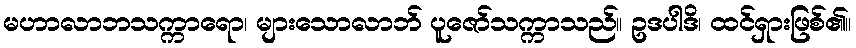
မဟာလာဘသက္ကာရော၊ များသောလာဘ် ပူဇော်သက္ကာသည်။ ဥဒပါဒိ၊ ထင်ရှားဖြစ်၏။